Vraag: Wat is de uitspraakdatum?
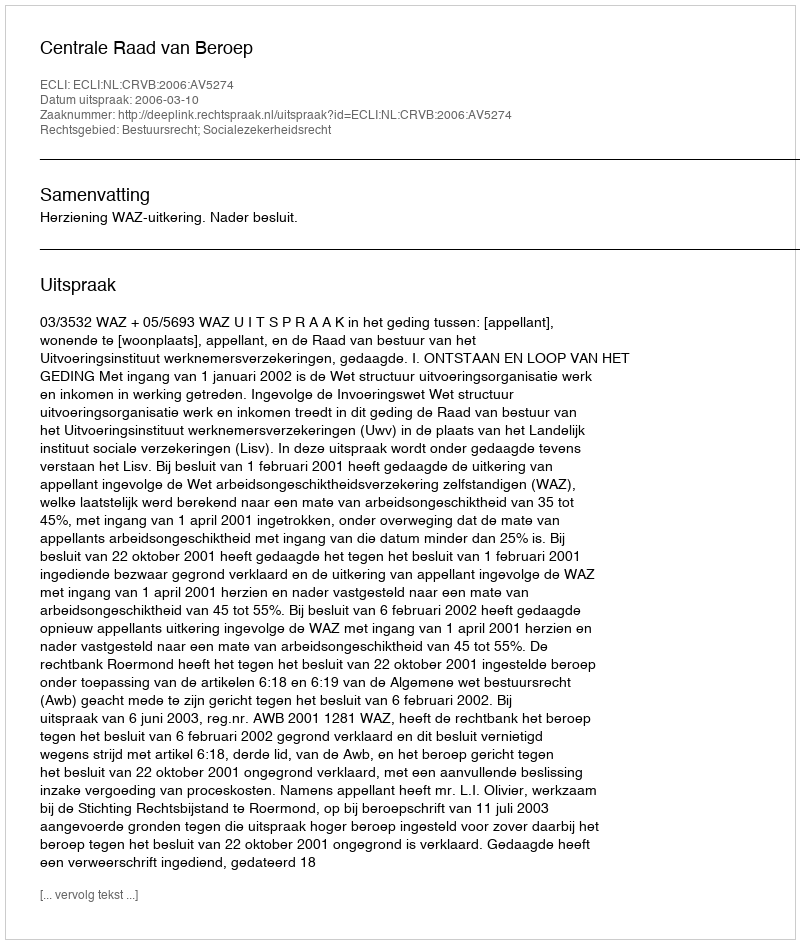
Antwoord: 2006-03-10